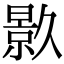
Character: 𭧟